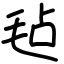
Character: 毡